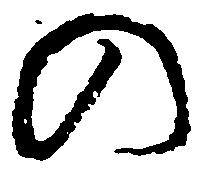
の